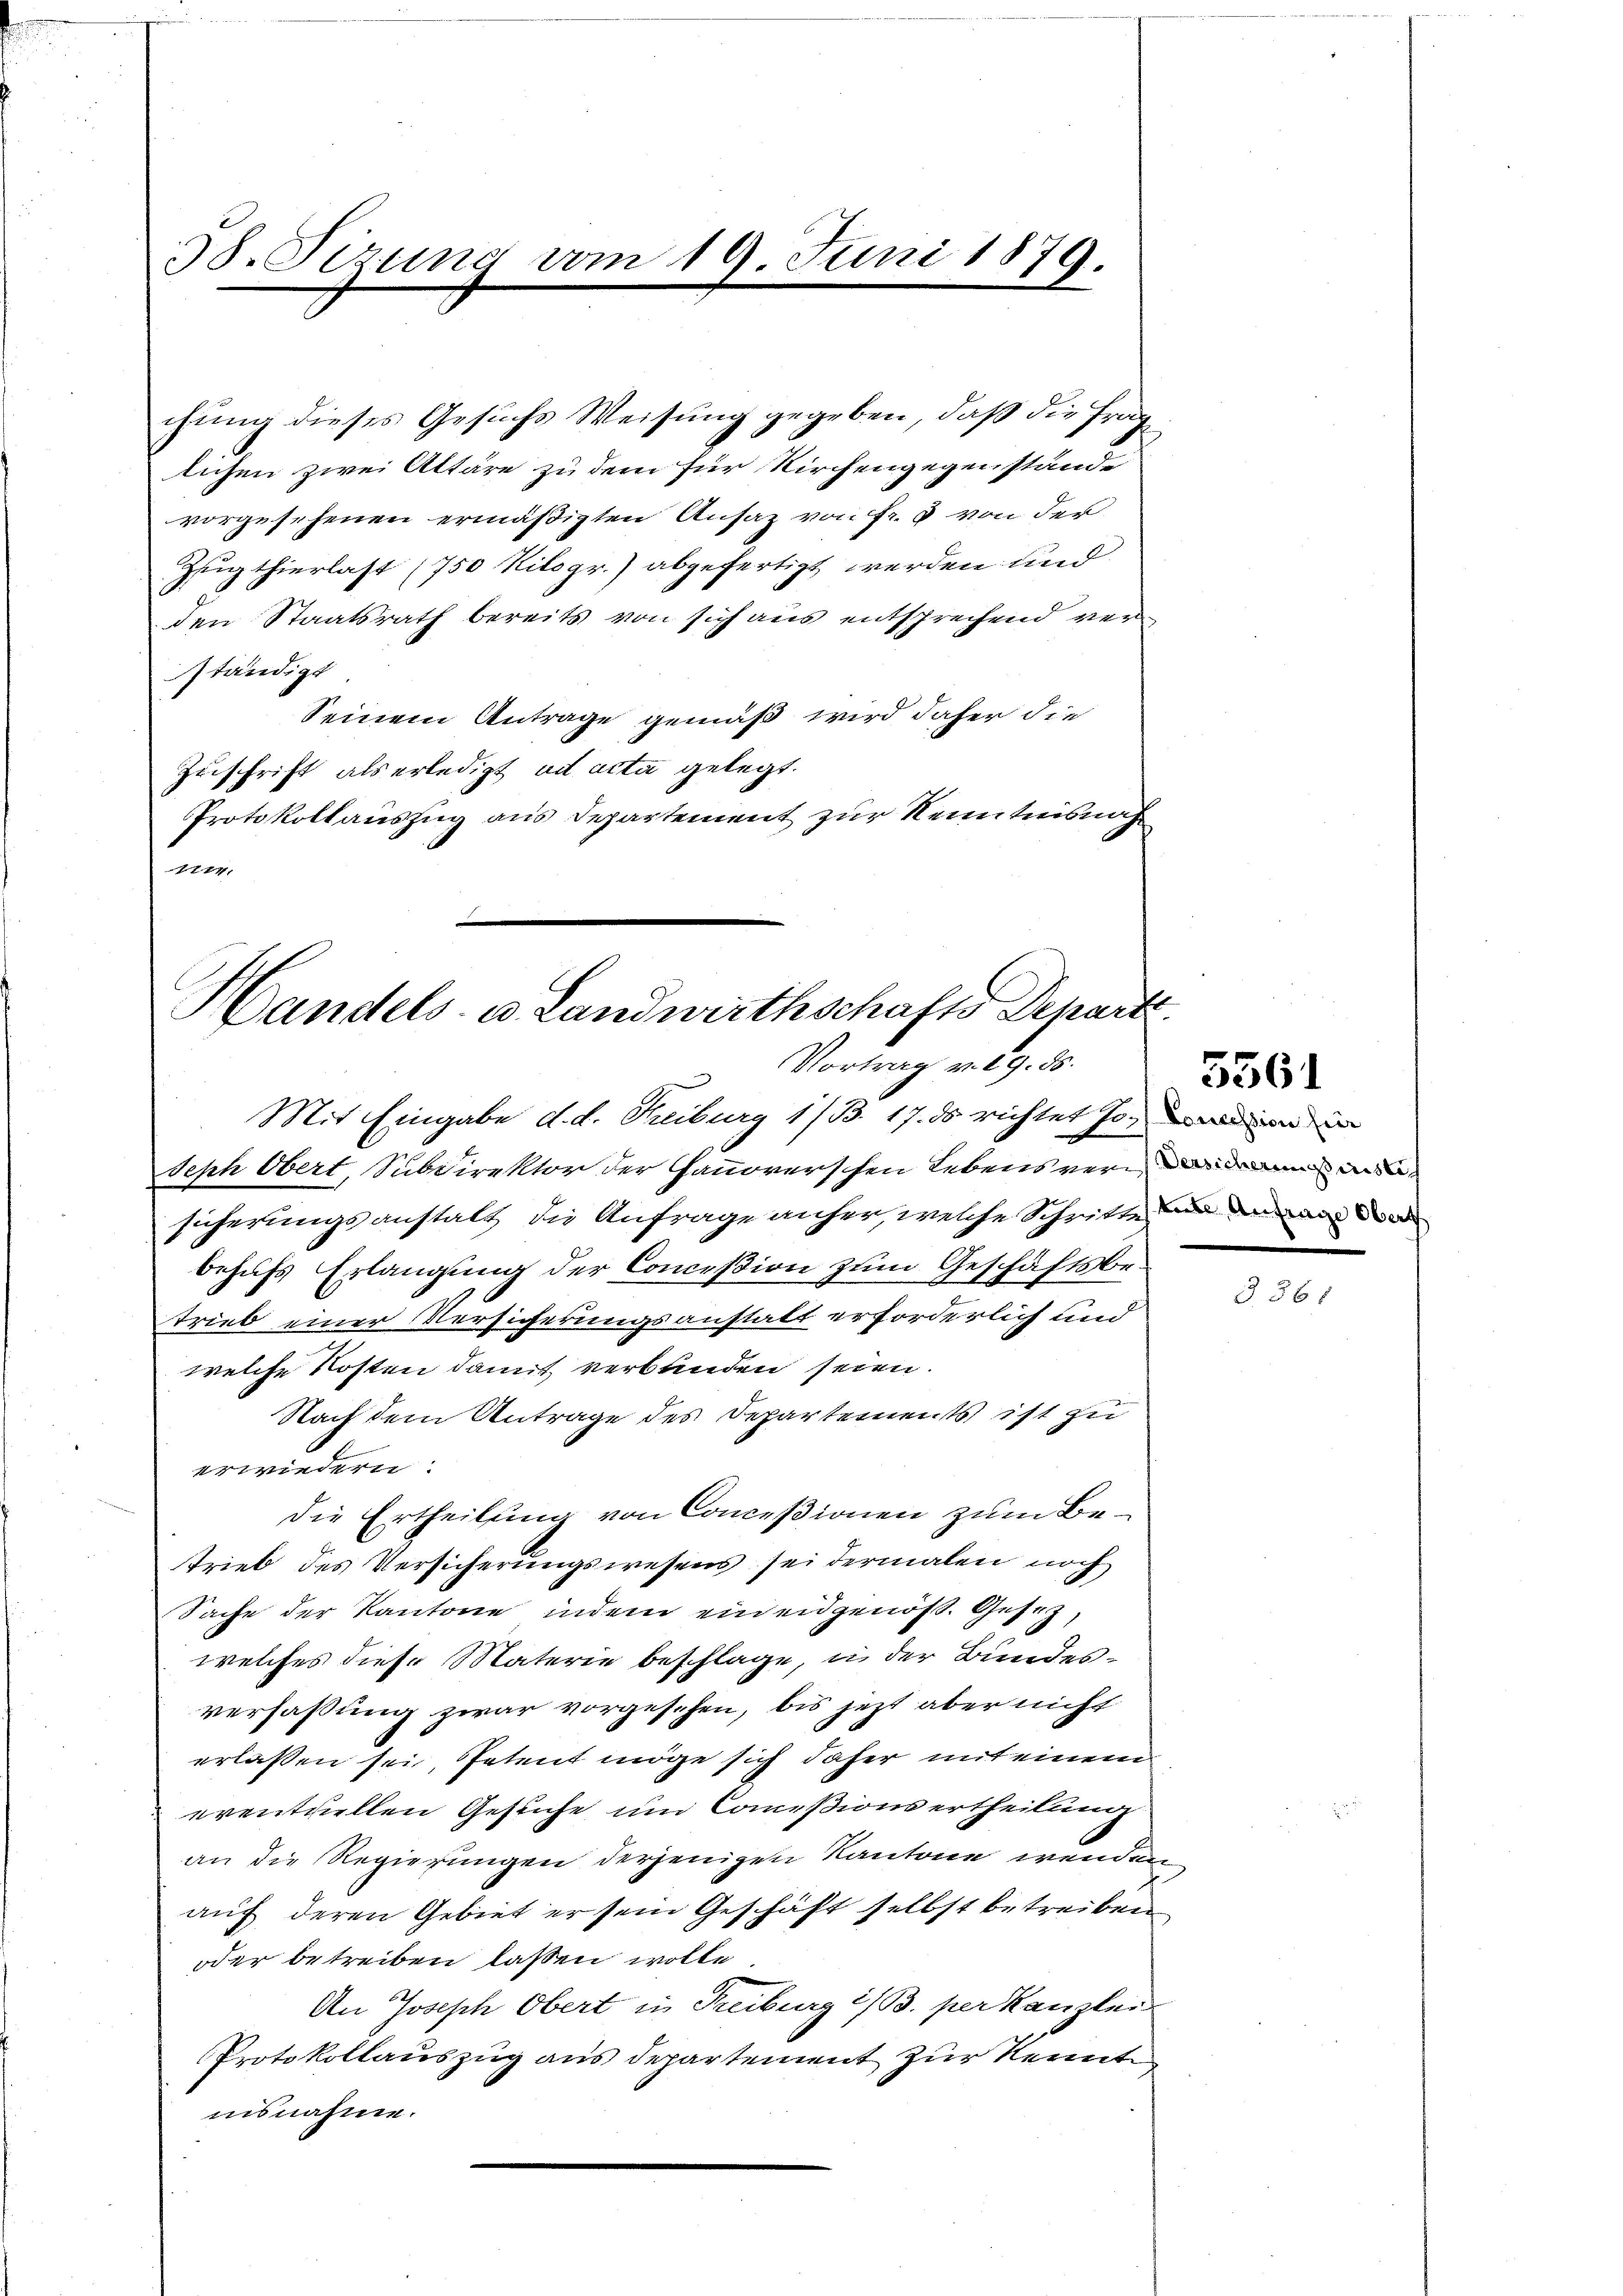
38. Sizung vom 19. Juni 1879.

chung dieses Gesuchs Weisung gegeben, daß die Frag
lichen zwei Altäre zu dem für Kirchengegenstände
vorgesehenen ermäßigten Ansaz von Fr. 3 von der
Zugthierlast (750 Kilogr.) abgefertigt werden und
den Staatsrath bereits von sich aus entsprechend ver-
tändigt
Seinem Antrage gemäß wird daher die
Zuschrift als erledigt ad acta gelegt.
Protokollauszug aus Departement zur Kenntnisnah
un

Handels- u. Landwirthschafts Depari
Vortrag v. 29. 88.

Mit Eingabe d. d. Treiburg 1/B. 17. ds richtet so, den in
Seph Obert, Subdirektor der Hanoverschen Lebens ver
sicherungsanstalt die Anfrage anher, welche Schritte an de
behufs Erlangung der Conceßion zum Geschäftsbetrieb einer Versicherungsanstatt erforderlich und
welche Kosten damit verbunden seien.
Nach dem Antrage des Departements ist zu
erwiedern:
die Ertheilung von Conceßionen zum Betrieb des Versicherungswesens sei dermalen noch
Sache der Kantone, indem ein eidgenöß. Gesetz,
welches diese Materie beschlage, in der Bundesverfassung zwar vorgesehen, bis jetzt aber nicht
erlassen sei, Petent möge sich daher mit einem
eventuellen Gesuche und Commißions ertheilung
an die Regierungen derjenigen Kantone wender
auf deren Gebiet er sein Geschäft selbst betreiben
oder betreiben lassen wolle
An Joseph Obert in Freiburg i/B. per kanzlei-
Protokollauszug aus departement zur Kennte
insnahme.

5561